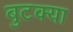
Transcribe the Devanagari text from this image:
बुटक्‍या